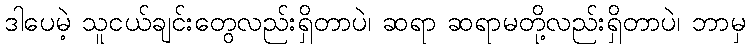
ဒါပေမဲ့ သူငယ်ချင်းတွေလည်းရှိတာပဲ၊ ဆရာ ဆရာမတို့လည်းရှိတာပဲ၊ ဘာမှ